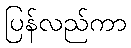
ပြန်လည်ကာ